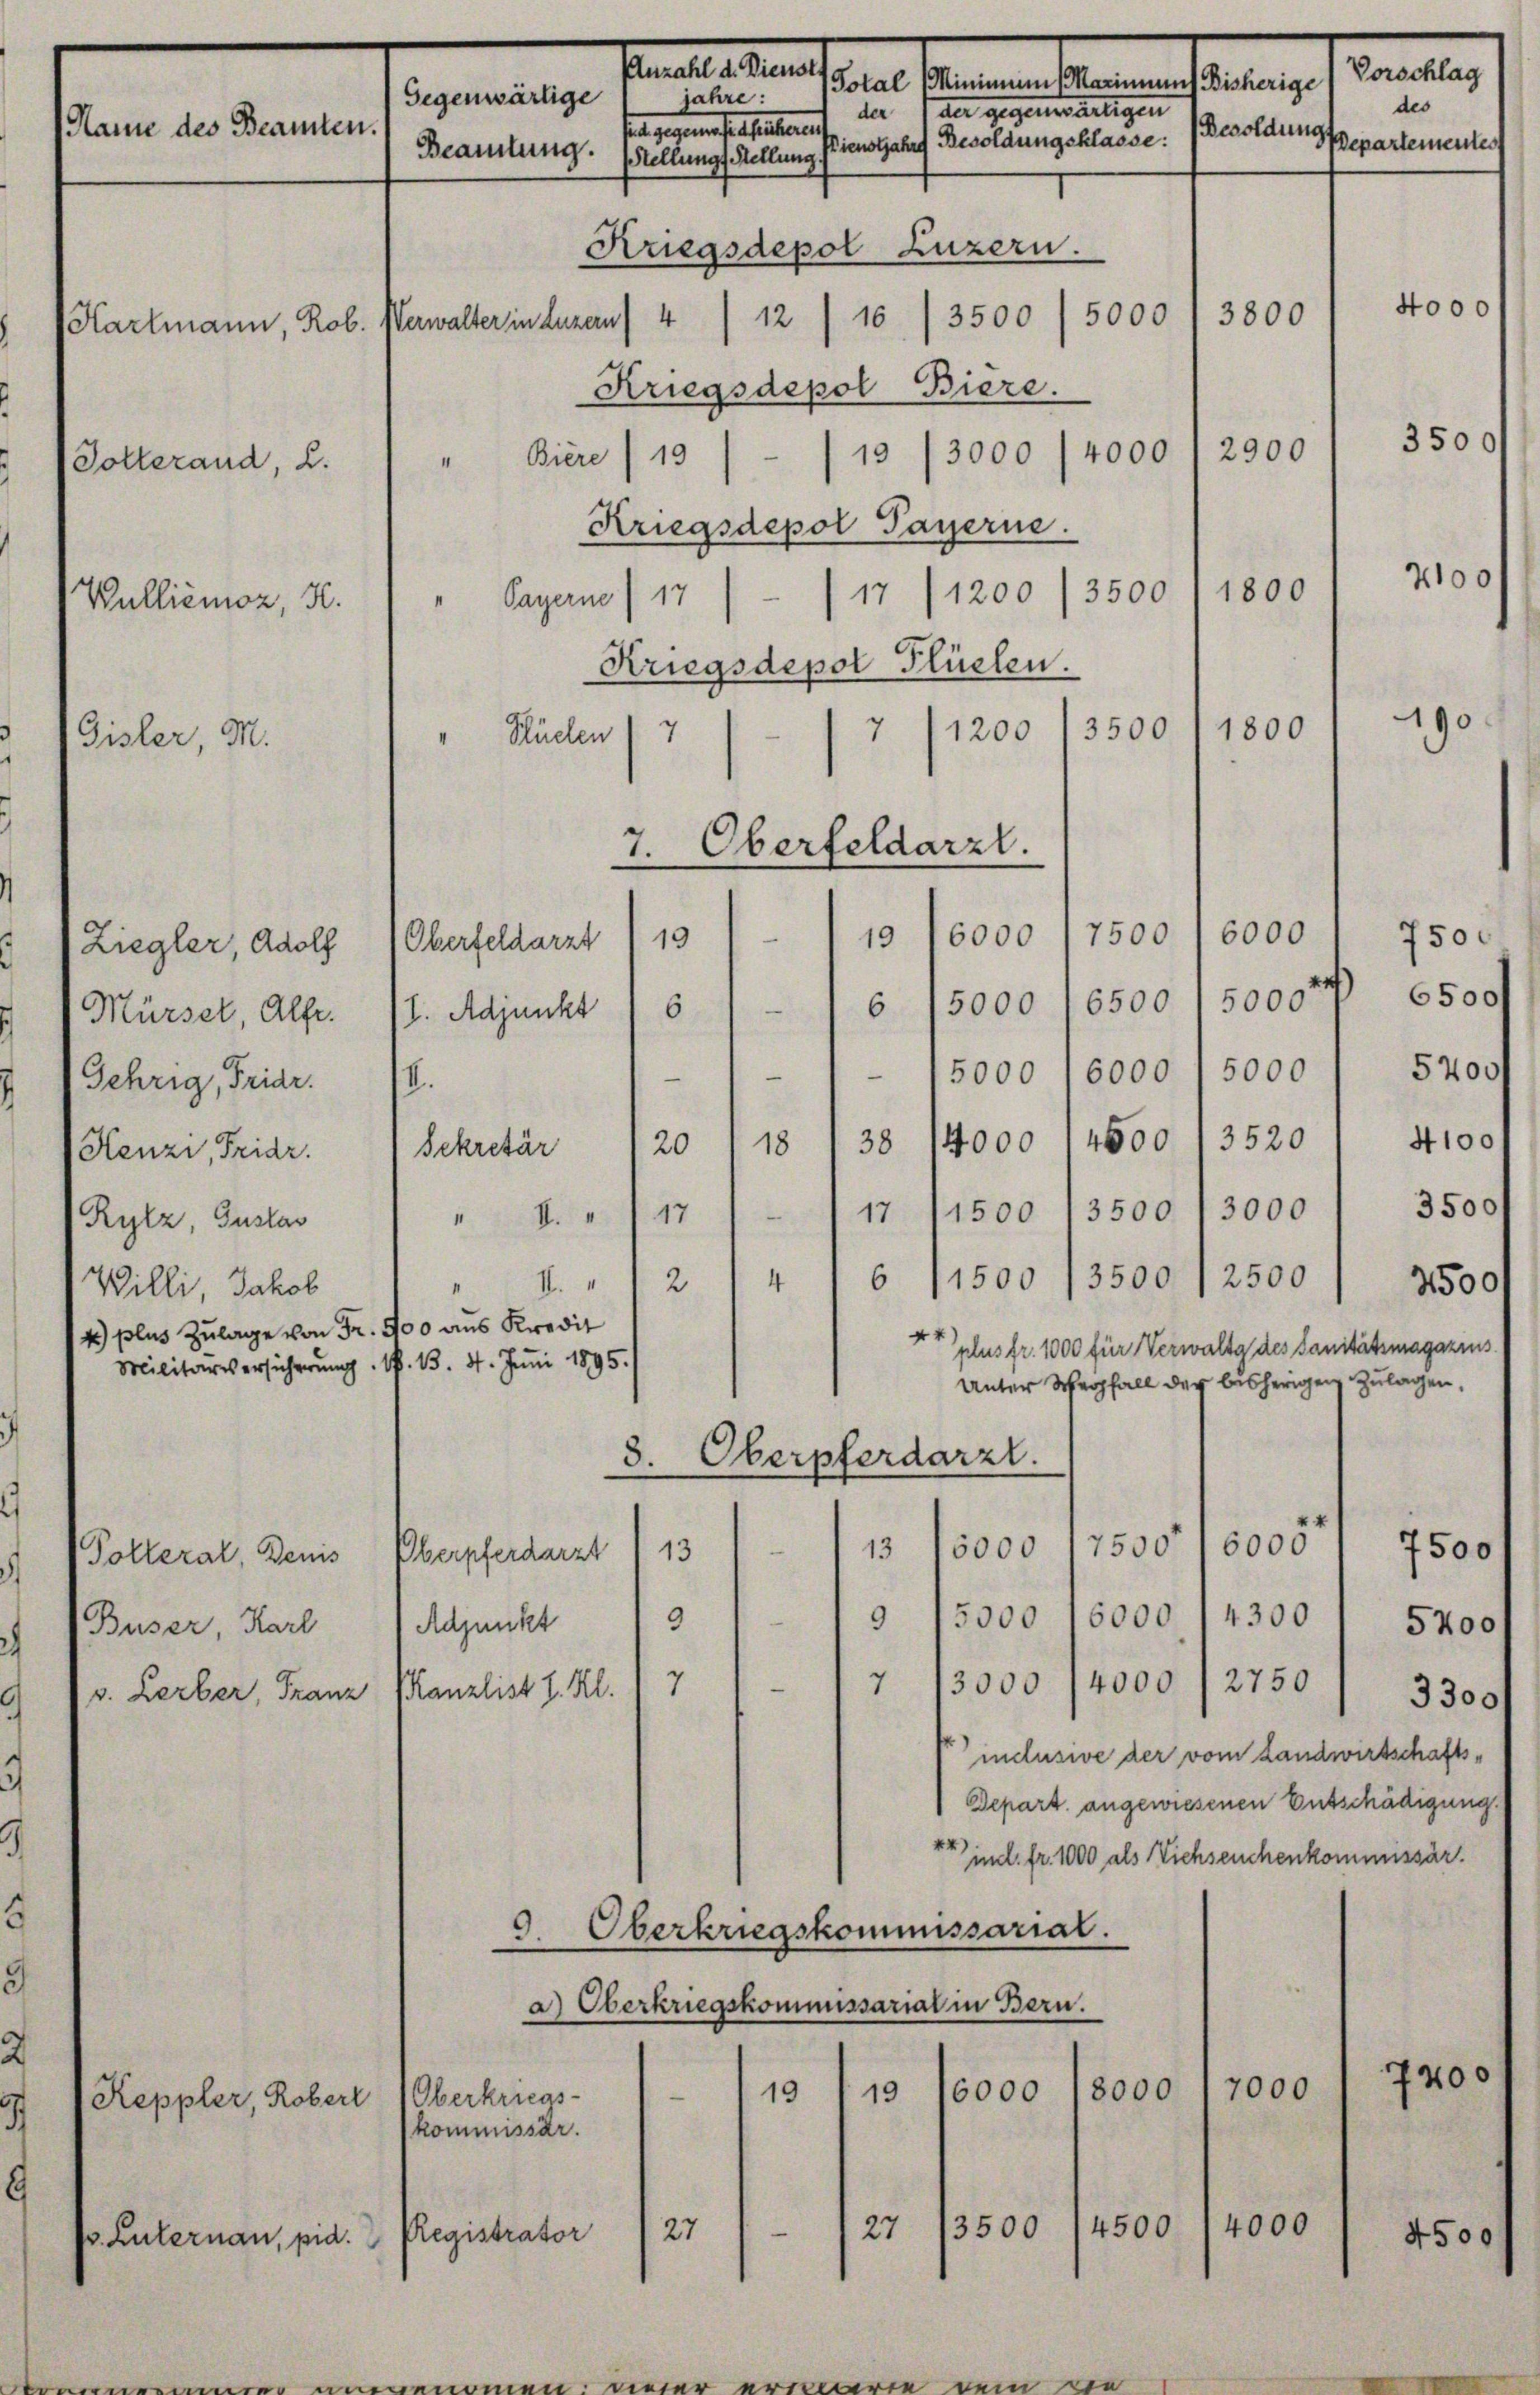
Anzahl d. Dienst
den Berner bereinsamunge
jahre:
Gegenwärtige
der 1 der gegenwärtigen
Name des Beamten.
sie gegen festhaltenen
Beamtung. Stellungs Stellung Pienstjahre Besoldungsklasse:

Hartmann, Rob. Verwalter in Luzern

Dotterand, 2.

Wulliemoz, K.
Gisler, M.

Henzi, Fridr.

Ziegler, Adolf (Oberfeldarzt
Gehrig, Fridr. IV.
Rytz, Gustav
Willi, Jakob
4) plus Zulage von Fr. 400 aus Kredit
Militärversicherung. S. 13. 4. Juni 1895.

Kriegsdepol Luzern.
4/12/16/3500 (5000
Kriegsdepol Biere.
4000
Biere (19/ /13 /3000
I
Kriegsdepol Payerne.
3500
1200
Payerne /17 - 17
“
Kriegsdepol Flüelen.
7
7
1200
3500
Stücken
I
19
6/5000, 6500 1 5000f 6500

Mürsel, Alfr. 11. Adjunkt 1 6
1 — 1 - 15000 16000 1 5000 / 5400f
20 /18 / 38 14000 . 4500 13520 / 4100
Sekretär
17 (1500 13500 /3000 / 3500
e
17
" I.
6
1500 /3500) 2500
4
I.
2
2500
4
plus fr. 1000 für Verwaltg des Sanitätsmagazins
Unter Wegfall der bisherigen Zulagen,
3. Oberpferdarzt.
6000
7500
e
7500
6000
13
13
Oberpferdarzt
Polleral, Denis
9 15000 16000 (4300 1 5200 f
(Buser, Karl 1 Adjunkt 19
7 13000 (4000 / 2750
7
e
Kanzlist I. Kl.
v. Lerber, Franz
3300
inclusive der vom Landwirtschafts¬
Depart angewiesenen Entschädigung.
“ im fr. 1000 als Viehseuchenkommissär
9. Oberkriegskommissarial.
a) Oberkriegskommissarial in Bern.
7400
7000
8000
16000
19
e
19
Keppler, Robert Oberkriegs-
kommissär.
4000
4500
3500
27
27
Registrator
4500
v. Luternau, pid.

7. Oberfeldarzt.
7500
6000
10

des
Besoldung separtementes

1800

3800

2900

1800

6000

Vorschlag

750.

4000

3500

2100 f

190